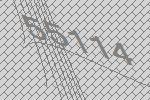
55114